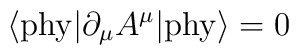
\langle{\rm phy}|\partial_{\mu} A^{\mu}|{\rm phy}\rangle =0